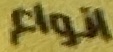
انواع